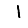
Digit: 1